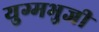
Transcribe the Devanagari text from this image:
युग्मभुजी